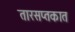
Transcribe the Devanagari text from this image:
तारसप्तकात